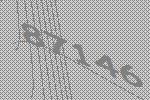
87146